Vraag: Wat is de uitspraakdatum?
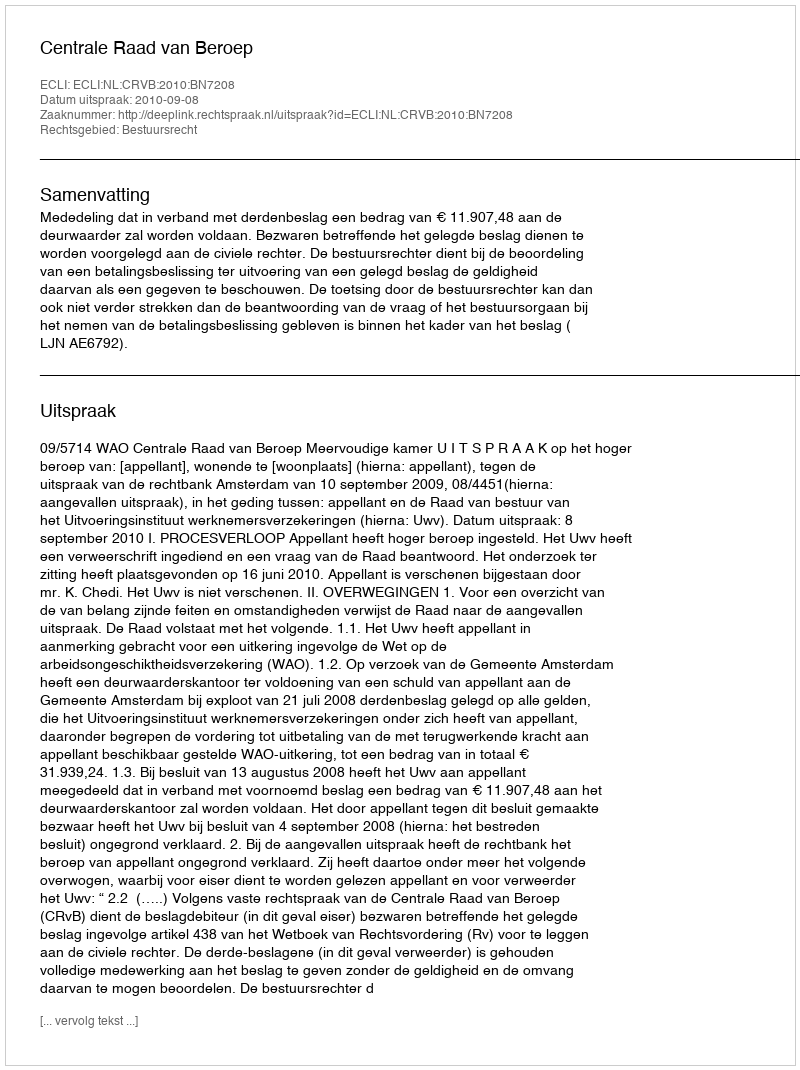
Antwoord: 2010-09-08